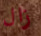
زال